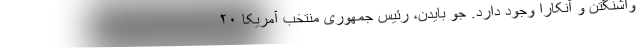
واشنگتن و آنکارا وجود دارد. جو بایدن، رئیس جمهوری منتخب آمریکا ۲۰